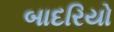
બાદરિયો